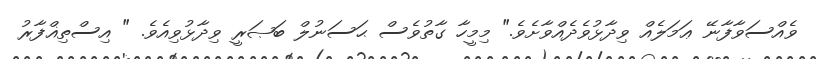
ވެއްސަވާފާނޭ ޢަމަލެއް ވިދާޅުވެދެއްވާށެވެ." މިމީހާ ގާތުވެސް ޙަސަނުލް ބަޞަރީ ވިދާޅުވިއެވެ. " އިސްތިޣްފާރު